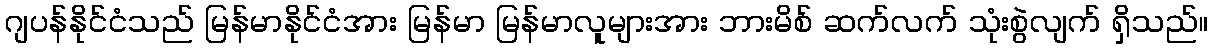
ဂျပန်နိုင်ငံသည် မြန်မာနိုင်ငံအား မြန်မာ မြန်မာလူများအား ဘားမိစ် ဆက်လက် သုံးစွဲလျက် ရှိသည်။